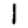
Digit: 1